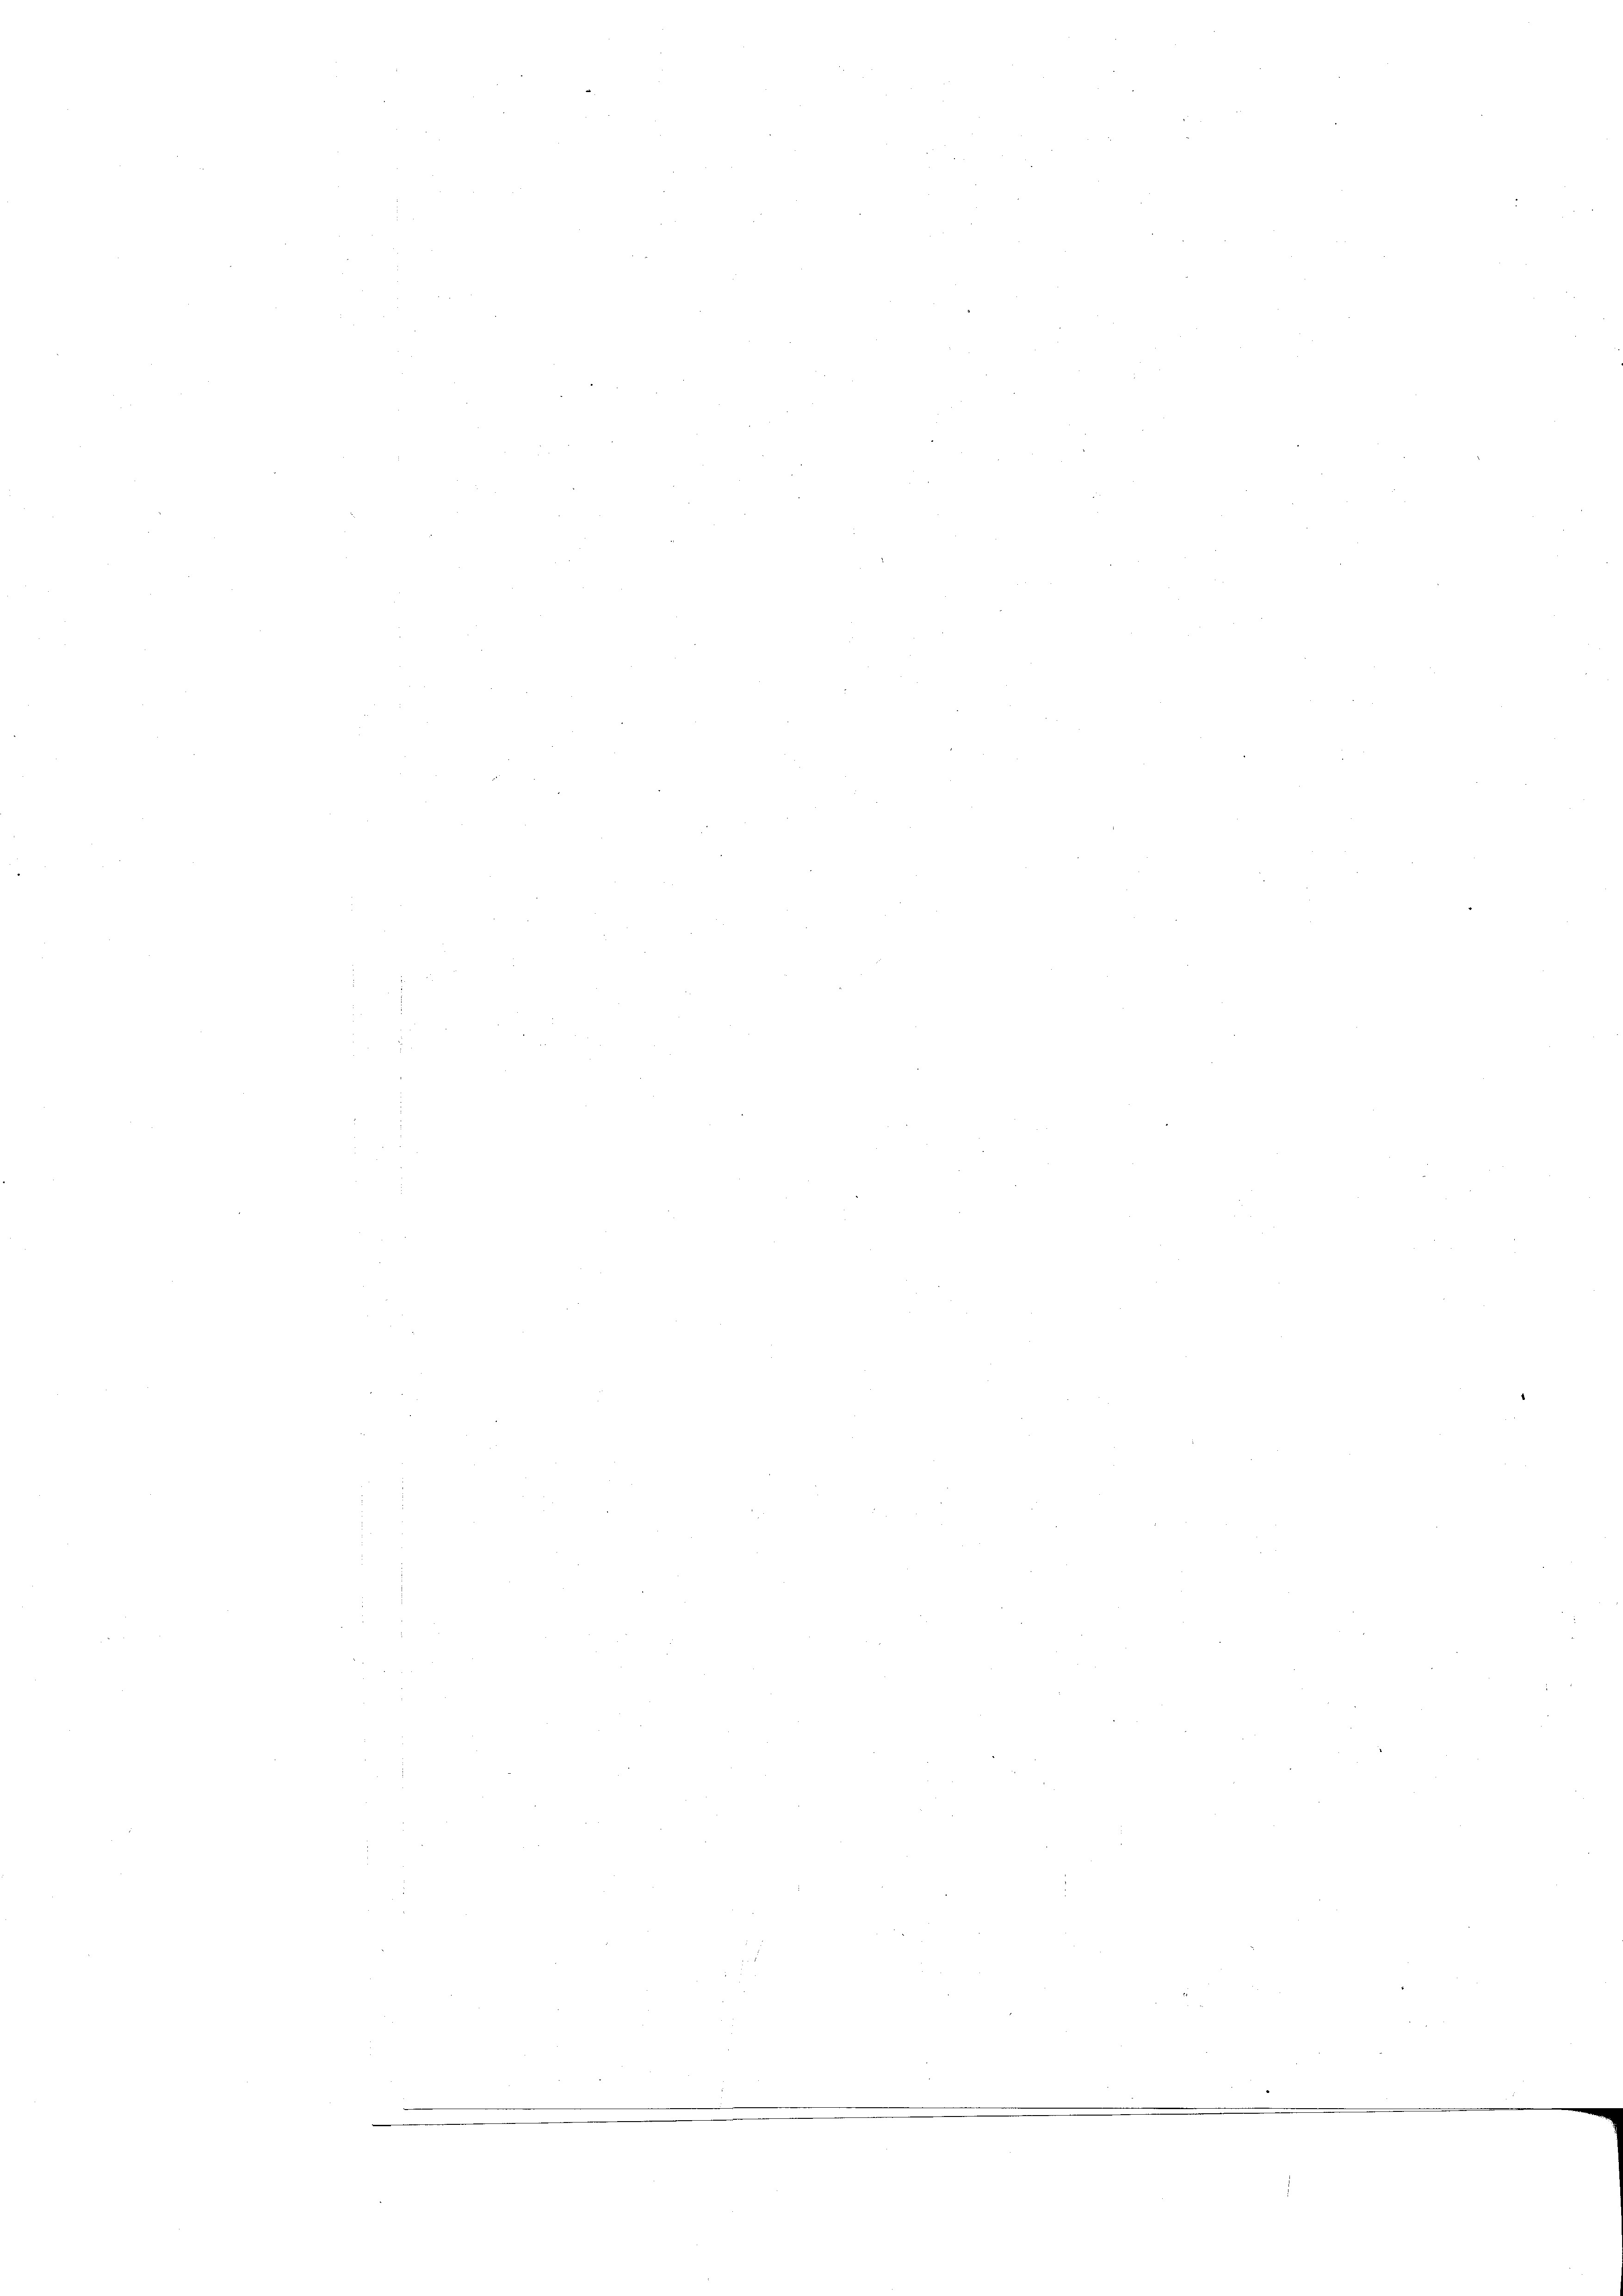
3

s
s
5
5
e
nun
.
.
.
e